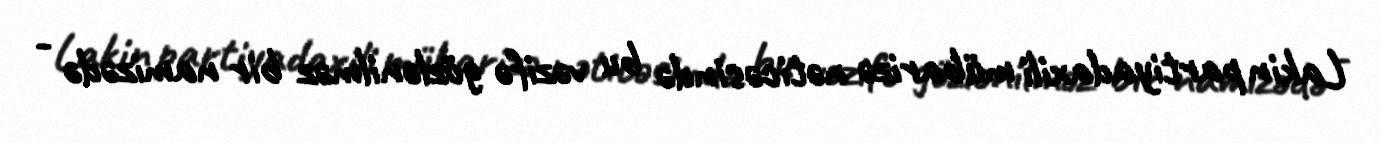
Lakin partiyadaxili mübarizə nəticəsində bu vəzifə gözlənilməz bir namizədə -